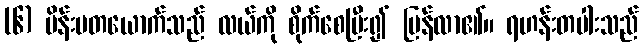
(၆) မိန်းမတယောက်သည် လယ်ကို စိုက်စေပြီး၍ ပြန်လာ၏။ ရဟန်းတပါးသည်